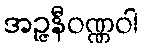
အဉ္ဇနီဝဏ္ဏဝါ